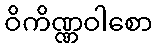
ဝိကိဏ္ဏဝါစော